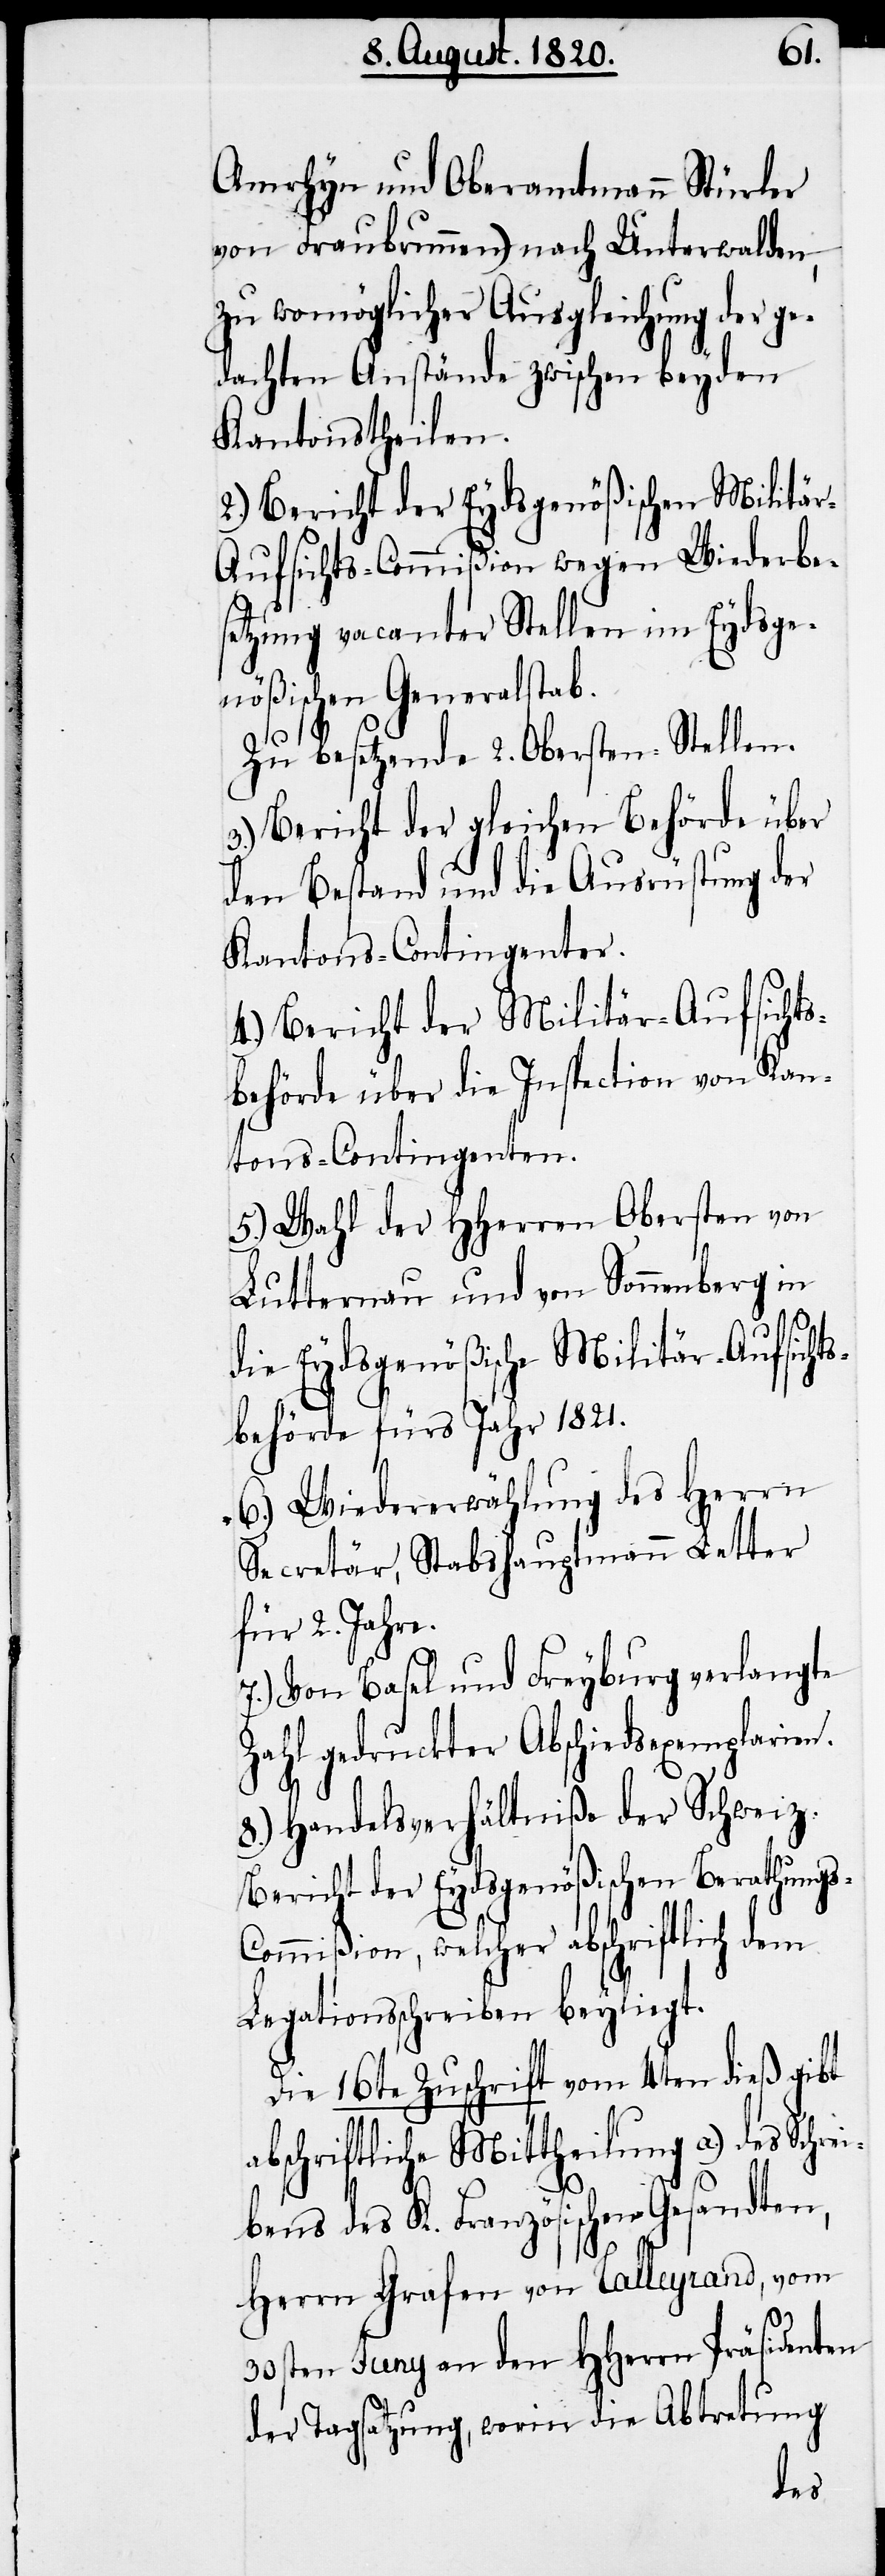
s-C¬

Amrhyn und Oberamtmann Stürler
von Fraubrunnen) nach Unterwalden,
zu womöglicher Ausgleichung der ge¬
dachten Anstände zwischen beyden
Kantonstheilen.
2.) Bericht der Eydsgenößischen Militä¬
ufsichts-Commißion wegen Wiederbes¬
etzung vacanter Stellen im Eydsge¬
nößischen Generalsta¬
Zu besetzende 2. Obersten-Stellen.
3.) Bericht der gleichen Behörde über
den Bestand und die Ausrüstung der
Kautions-Contingenter.
4.) Bericht der Militär-Aufsichts¬
behörde über die Inspection von Kan¬
tons-Contingenten.
5.) Wahl der HHerren Obersten von
Lutternau und von Sonnenberg in
die Eydsgenößische Militär-Aufsicht¬
s-Behörde fürs Jahr 1821.
6.) Wiedererwählung des Herrn
Secretär, Stabshauptmann Letter
für 2. Jahre.
7.) Von Basel und Freyburg verlangte
Zahl gedruckter Abschiedsexemplarien.
Handelsverhältniße der Schweiz.
Bericht der Eydsgenößischen Berathung¬
ommißion, welcher abschriftlich dem
Legationsschreiben beyliegt.
Die 16te Zuschrift vom 4ten dieß gibt
abschriftlich Mittheilung a.) des Schrei¬
bens des K. Französischen Gesandten,
Herrn Grafen von Talleyrand, vom
30sten Juny an den HHerrn Präsidenten
der Tagsatzung, worin die Abtretung